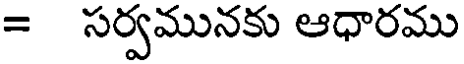
= సర్వమునకు ఆధారము